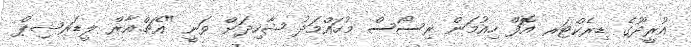
އުރީދޫގެ ޑިރެކްޓަރ އޮފް ހިއުމަން ރިސޯސް މުހައްމަދު ޝާހިދަށް ވަނީ "އެޗް.އާރް ލީޑަރޝިޕް